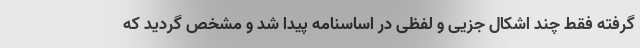
گرفته فقط چند اشکال جزیی و لفظی در اساسنامه پیدا شد و مشخص گردید که